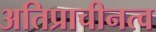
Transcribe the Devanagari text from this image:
अतिप्राचीनत्व